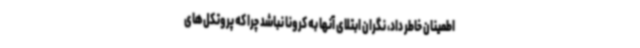
اطمینان خاطر داد، نگران ابتلای آنها به کرونا نباشد چرا که پروتکل‌های